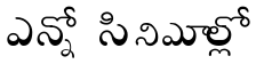
ఎన్నో సినిమాల్లో